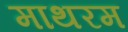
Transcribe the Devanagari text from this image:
माथरम